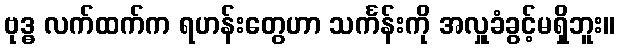
ဗုဒ္ဓ လက်ထက်က ရဟန်းတွေဟာ သင်္ကန်းကို အလှူခံခွင့်မရှိဘူး။